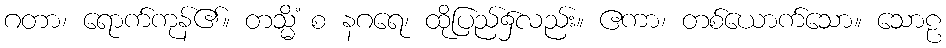
ဂတာ၊ ရောက်ကုန်၏။ တသ္မိံ စ နဂရေ၊ ထိုပြည်၌လည်း။ ဧကာ၊ တစ်ယောက်သော။ သောဠ